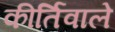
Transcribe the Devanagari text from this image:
कीर्तिवाले